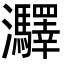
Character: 㶠